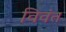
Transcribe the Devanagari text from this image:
विवंत